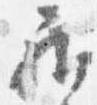
居